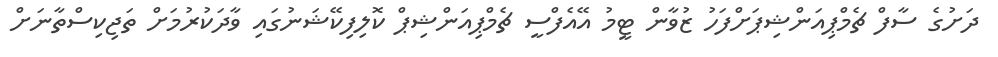
ދަށުގެ ސާފް ޗެމްޕިއަންޝިޕަށްފަހު ޒުވާން ޓީމު އޭއެފްސީ ޗެމްޕިއަންޝިޕް ކޮލިފިކޭޝަނުގައި ވާދަކުރުމަށް ތަޖިކިސްތާނަށް